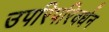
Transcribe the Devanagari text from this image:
उपरिपरिवर्धन